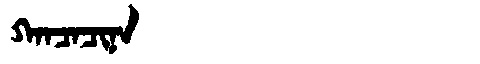
Manchu: ᡴᠠᠨᠴᠠᠴᡳᠨᠠ
Romanization: KANCACINA